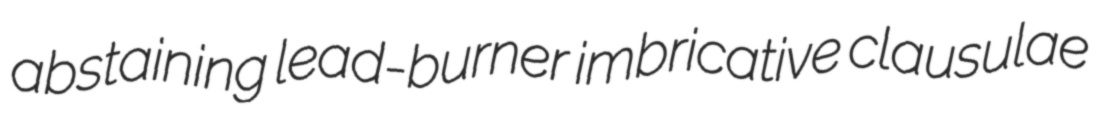
abstaining lead-burner imbricative clausulae